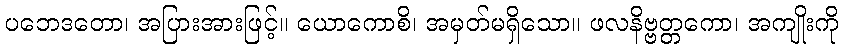
ပဘေဒတော၊ အပြားအားဖြင့်။ ယောကောစိ၊ အမှတ်မရှိသော။ ဖလနိဗ္ဗတ္တကော၊ အကျိုးကို